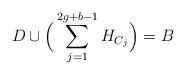
LaTeX: \begin{align*}D\cup \Big(\sum_{j=1}^{2g+b-1}H_{C_j}\Big)=B\end{align*}